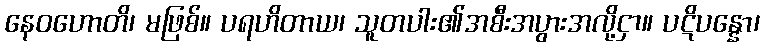
နေဝဟောတိ၊ မဖြစ်။ ပရဟိတာယ၊ သူတပါး၏အစီးအပွားအလို့ငှာ။ ပဋိပန္နော၊